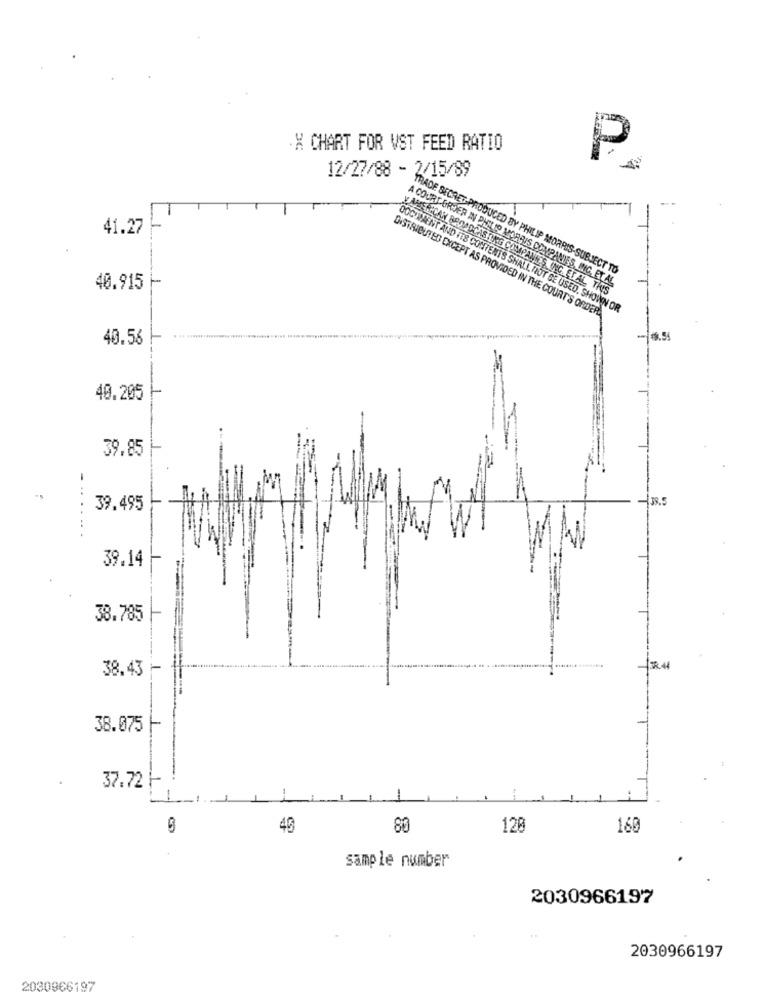
. X CHART FOR VST FEED RATIO
P
12/27/88 - 2/15/89
41.27
TRADE SECRET-PRODUCED BY PHILIP MORRIS-SUBJECT TO
A COURTORDER IN PHILIP MORRIS COMPANIES, INC. ET AL.
40.915
WHERECAN BROADCASTING COMPANIES INC. EL AL THIS
DOCUMENT AND ITS CONTENTS SHALL NOT BE USED. SHOWN OR
DISTRIBUTED EXCEPT AS PROVIDED IN THE COURT'S ORDER
40.56
40.205
39.85
38.5
39.495
39.14
38.785
38.43 -
58.44
38.075
37.72
-
40
80
120
160
sample number
2030966197
2030966197
2030966197